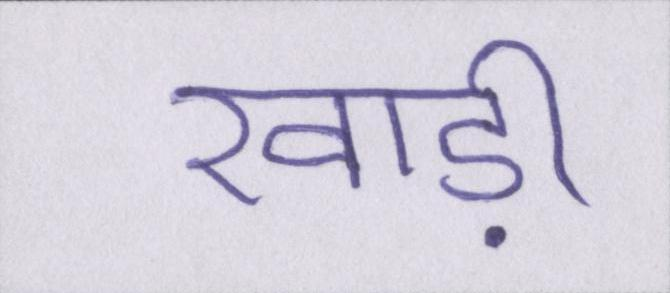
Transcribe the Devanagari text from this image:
खाड़ी